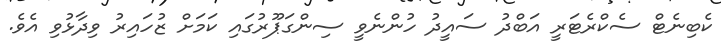
ކެބިނެޓް ސެކްރެޓަރީ އަބްދު ސައީދު ހުންނެވީ ސިންގަޕޫރުގައި ކަމަށް ޒުހައިރު ވިދާޅުވި އެވެ.